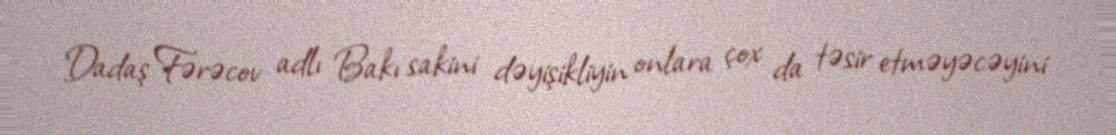
Dadaş Fərəcov adlı Bakı sakini dəyişikliyin onlara çox da təsir etməyəcəyini